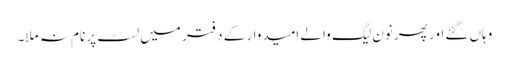
وہاں گئے اور پھر نون لیگ والے امیدوار کے دفتر میں لسٹ پر نام نہ ملا۔